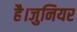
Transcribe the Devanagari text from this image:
है।जुनियर